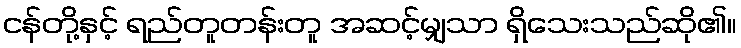
ငန်တို့နှင့် ရည်တူတန်းတူ အဆင့်မျှသာ ရှိသေးသည်ဆို၏။